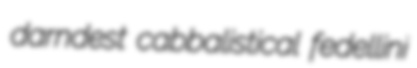
darndest cabbalistical fedellini